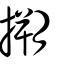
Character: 搠